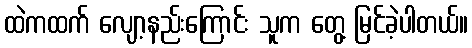
ထဲကထက် လျော့နည်းကြောင်း သူက တွေ့ မြင်ခဲ့ပါတယ်။